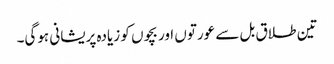
تین طلاق بل سے عورتوں اور بچوں کو زیادہ پریشانی ہوگی۔